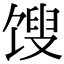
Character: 馊